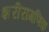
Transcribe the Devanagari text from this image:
शरीरागणिक